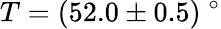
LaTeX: T=(52.0\pm 0.5)\ ^{\circ}